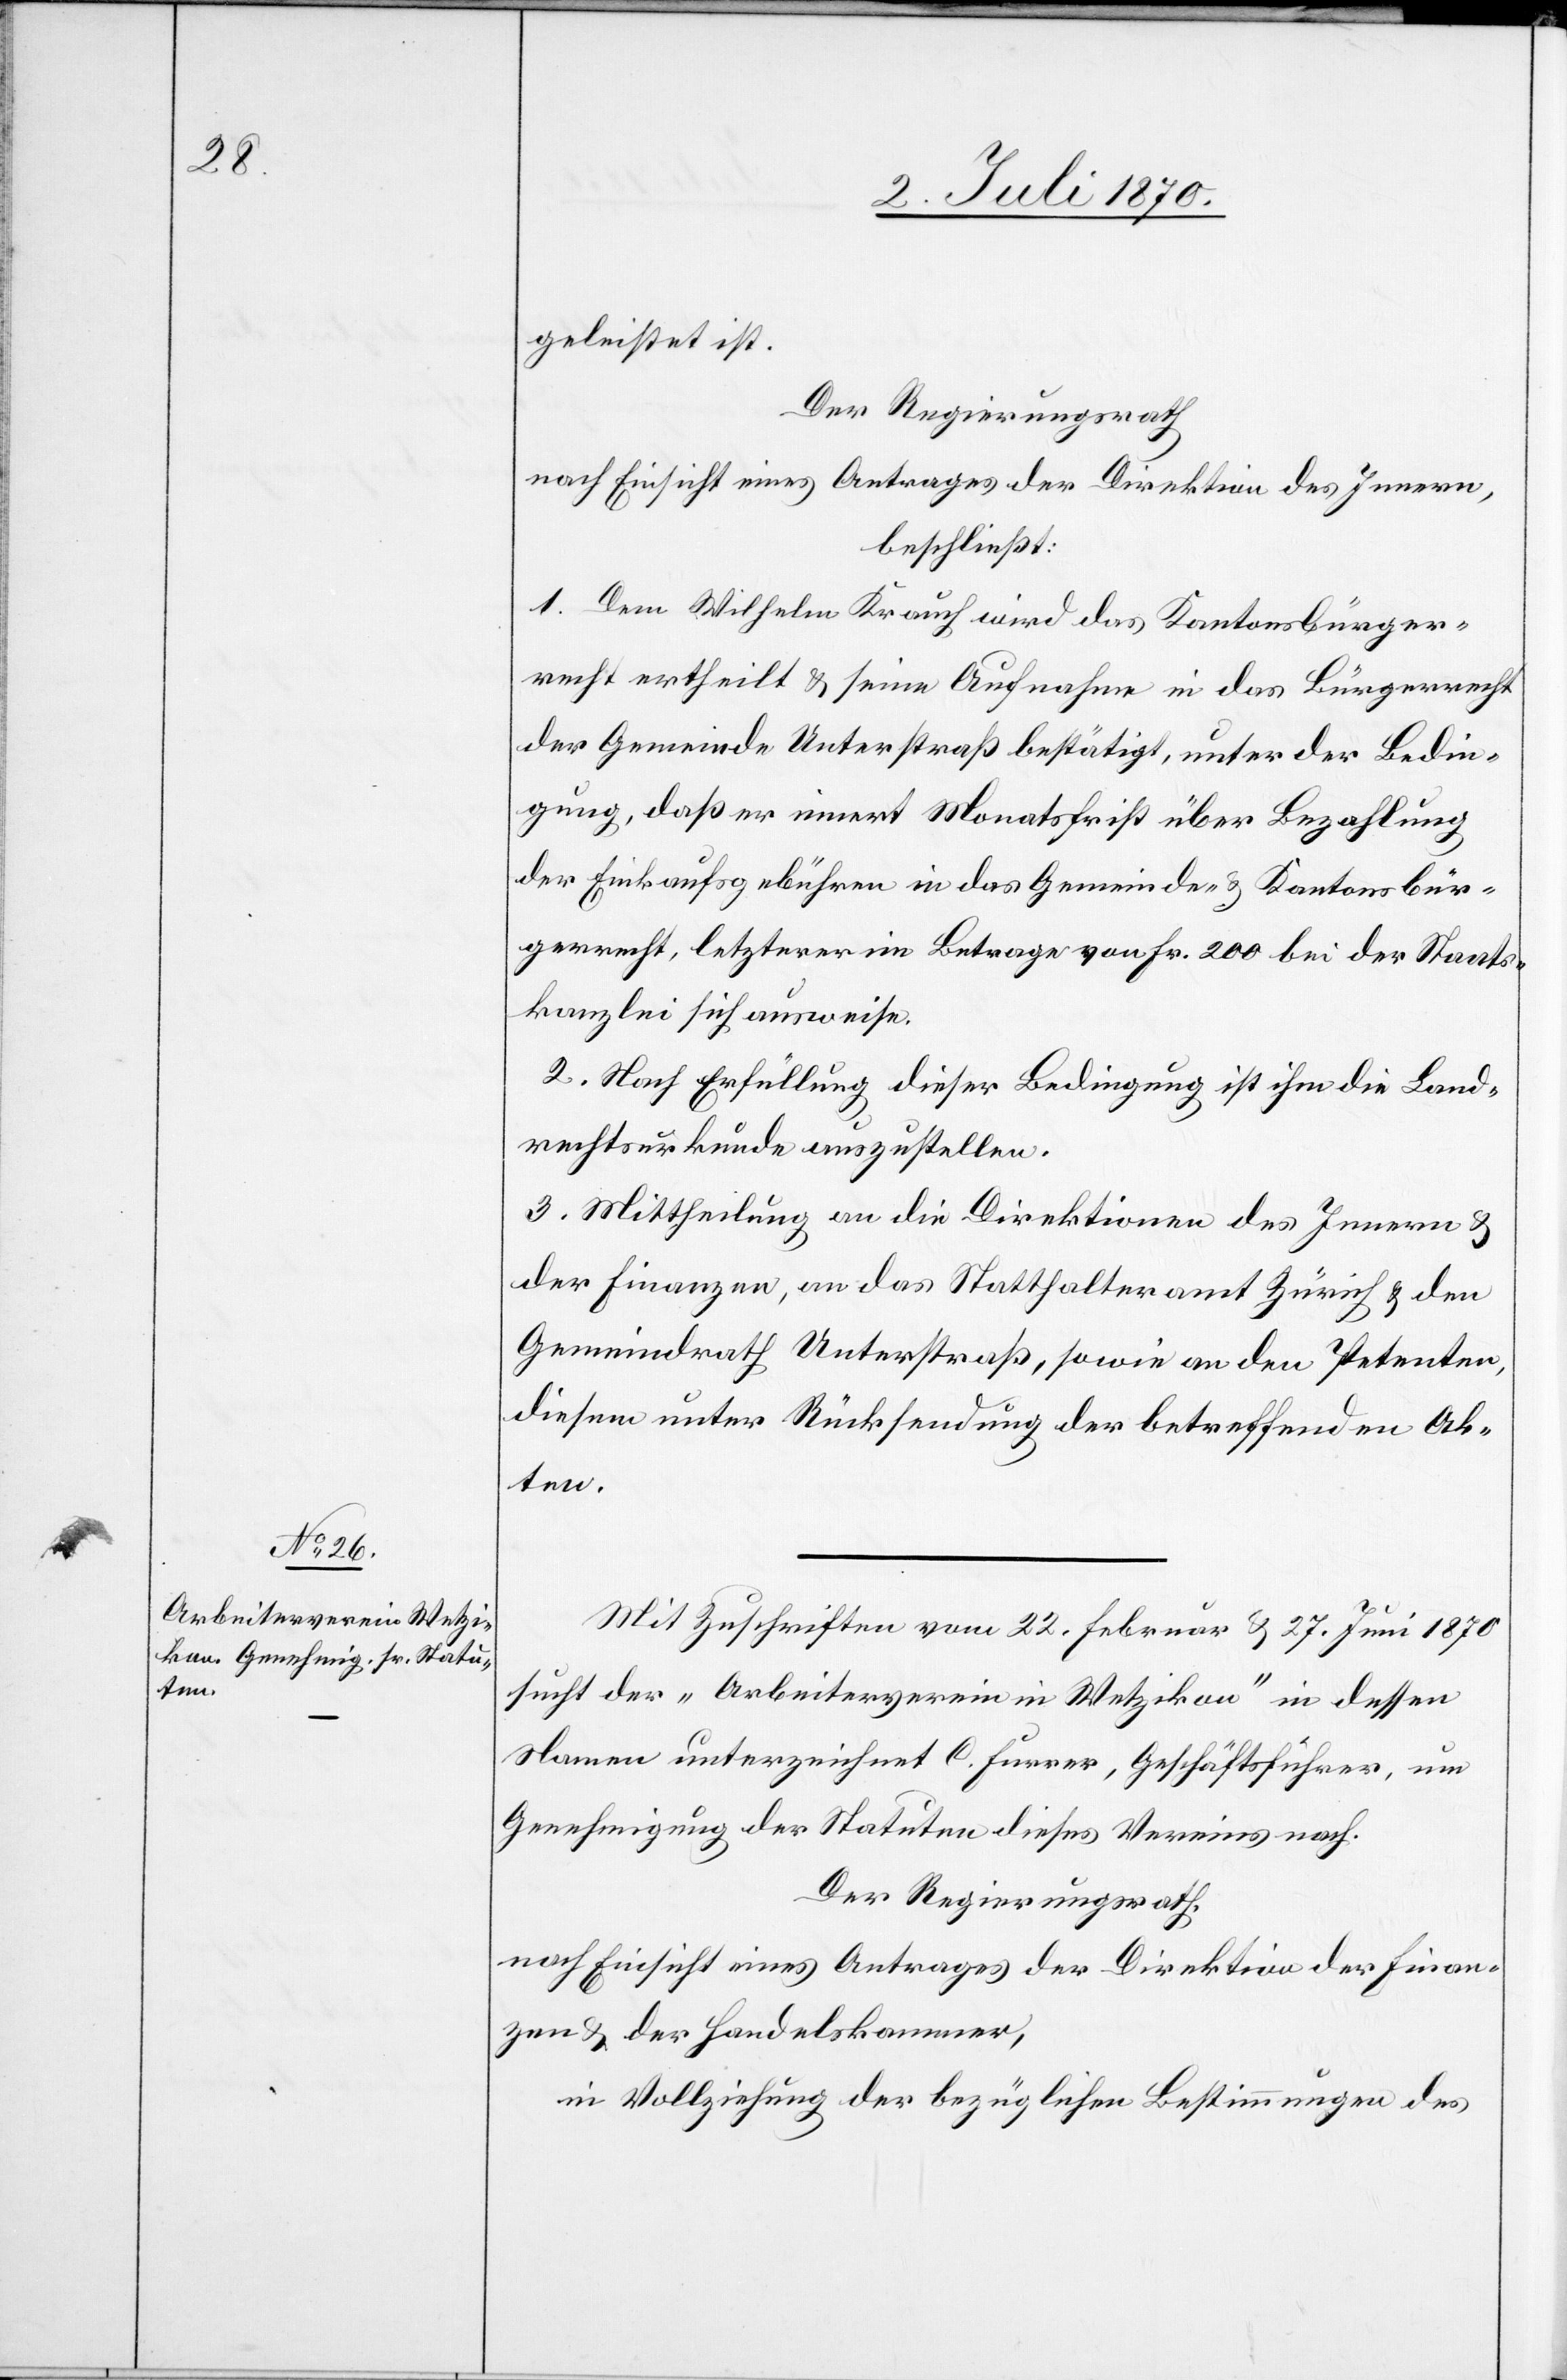
geleistet ist.
Der Regierungsrath
nach Einsicht eines Antrages der Direktion des Innern,
beschließt:
1. Dem Wilhelm Krauch wird das Kantonsbürger¬
recht ertheilt & seine Aufnahme in das Bürgerrecht
der Gemeinde Unterstraß bestätigt, unter der Bedin¬
gung, daß er innert Monatsfrist über Bezahlung
der Einkaufsgebühren in das Gemeinde- & Kantonsbür¬
gerrecht, letzterer im Betrage von Fr. 200 bei der Staats¬
kanzlei sich ausweise.
2. Nach Erfüllung dieser Bedingung ist ihm die Land¬
rechtsurkunde auszustellen.
3. Mittheilung an die Direktionen des Innern &
der Finanzen, an das Statthalteramt Zürich & den
Gemeindrath Unterstraß, sowie an den Petenten,
diesem unter Rücksendung der betreffenden Ak¬
ten.
Mit Zuschriften vom 22. Februar & 27. Juni 1870
stellt der „Arbeiterverein in Wetzikon“ in dessen
Namen unterzeichnet C. Furrer, Geschäftsführer, um
Genehmigung der Statuten dieses Vereines nach.
Der Regierungsrath
nach Einsicht eines Antrages der Direktion der Finan¬
zen & der Handelskammer,
in Vollziehung der bezüglichen Bestimmungen des